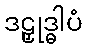
ဒဠှုဒ္ဓါပံ